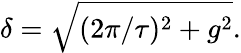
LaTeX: \delta=\sqrt{(2\pi/\tau)^{2}+g^{2}}.